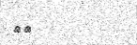
٢٦